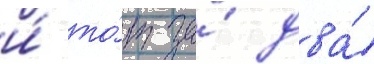
и́ то́т за́ два́